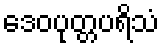
ဒေဝပုတ္တပရိသံ